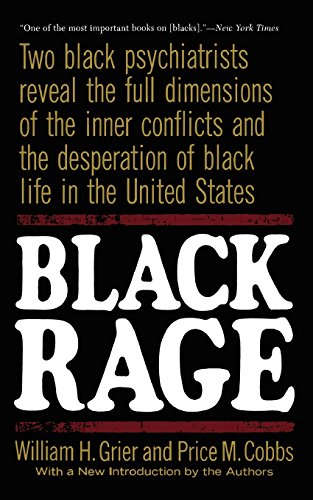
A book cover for Black Rage: Two Black Psychiatrists Reveal the Full Dimensions of the Inner Conflicts and the Desperation of Black Life in the United States; William H. Grier; Medical Books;